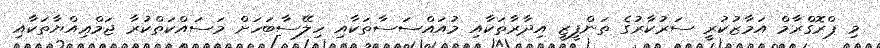
މި ޕްރޮގްރާމް އަމާޒުކުރީ ސަރުކާރުގެ ތަންފީޒީ އިދާރާތަކާއި މުއައްސަސާތަކާއި ހިލޭސާބަހަށް މަސައްކަތްކުރާ ޖަމްޢިއްޔާތަކާއި